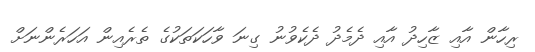
ރިހާން އާއި ޒާހިދު އާއި ދެމެދު ދެކެވުނު ގިނަ ވާހަކަތަކުގެ ތެރެއިން އަހަރެންނަށް